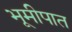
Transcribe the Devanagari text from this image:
भूमीपात